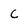
Character: C